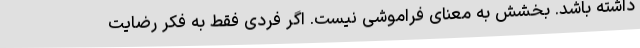
داشته باشد. بخشش به معنای فراموشی نیست. اگر فردی فقط به فکر رضایت